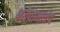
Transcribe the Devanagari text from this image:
भगवानात्रेय